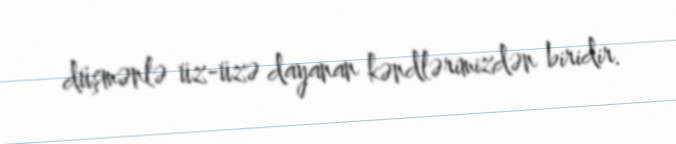
düşmənlə üz-üzə dayanan kəndlərimizdən biridir.